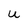
Character: U